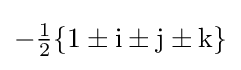
-{\tfrac {1}{2}}\{1\pm \mathrm {i} \pm \mathrm {j} \pm \mathrm {k} \}